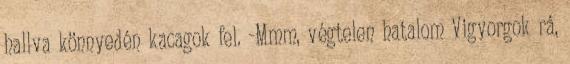
hallva könnyedén kacagok fel. -Mmm, végtelen hatalom Vigyorgok rá,